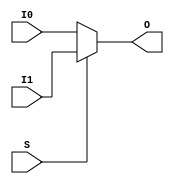
module Mux2x2 (
    input [1:0] I0,
    input [1:0] I1,
    input S,
    output [1:0] O
);
reg [1:0] coreir_commonlib_mux2x2_inst0_out;
always @(*) begin
if (S == 0) begin
    coreir_commonlib_mux2x2_inst0_out = I0;
end else begin
    coreir_commonlib_mux2x2_inst0_out = I1;
end
end

assign O = coreir_commonlib_mux2x2_inst0_out;
endmodule